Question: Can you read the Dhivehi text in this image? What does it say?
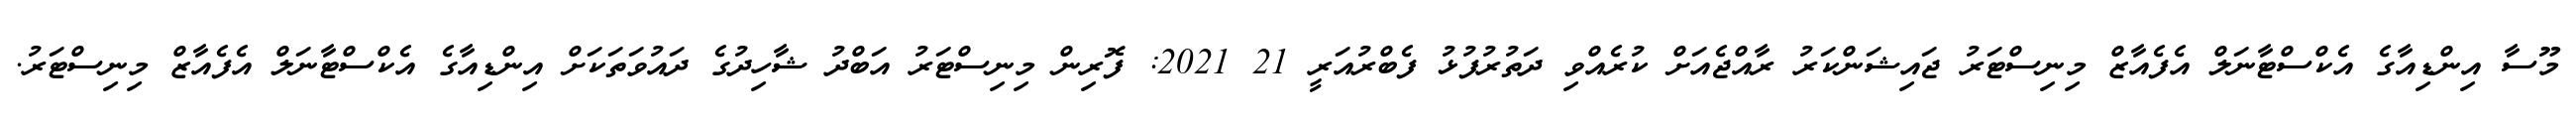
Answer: މޫސާ އިންޑިއާގެ އެކްސްޓާނަލް އެފެއާޒް މިނިސްޓަރު ޖައިޝަންކަރު ރާއްޖެއަށް ކުރެއްވި ދަތުރުފުޅު ފެބްރުއަރީ 21 2021: ފޮރިން މިނިސްޓަރު އަބްދު ޝާހިދުގެ ދައުވަތަކަށް އިންޑިއާގެ އެކްސްޓާނަލް އެފެއާޒް މިނިސްޓަރު.